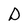
Character: D